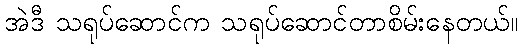
အဲဒီ သရုပ်ဆောင်က သရုပ်ဆောင်တာစိမ်းနေတယ်။